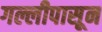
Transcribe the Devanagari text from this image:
गल्लीपासून